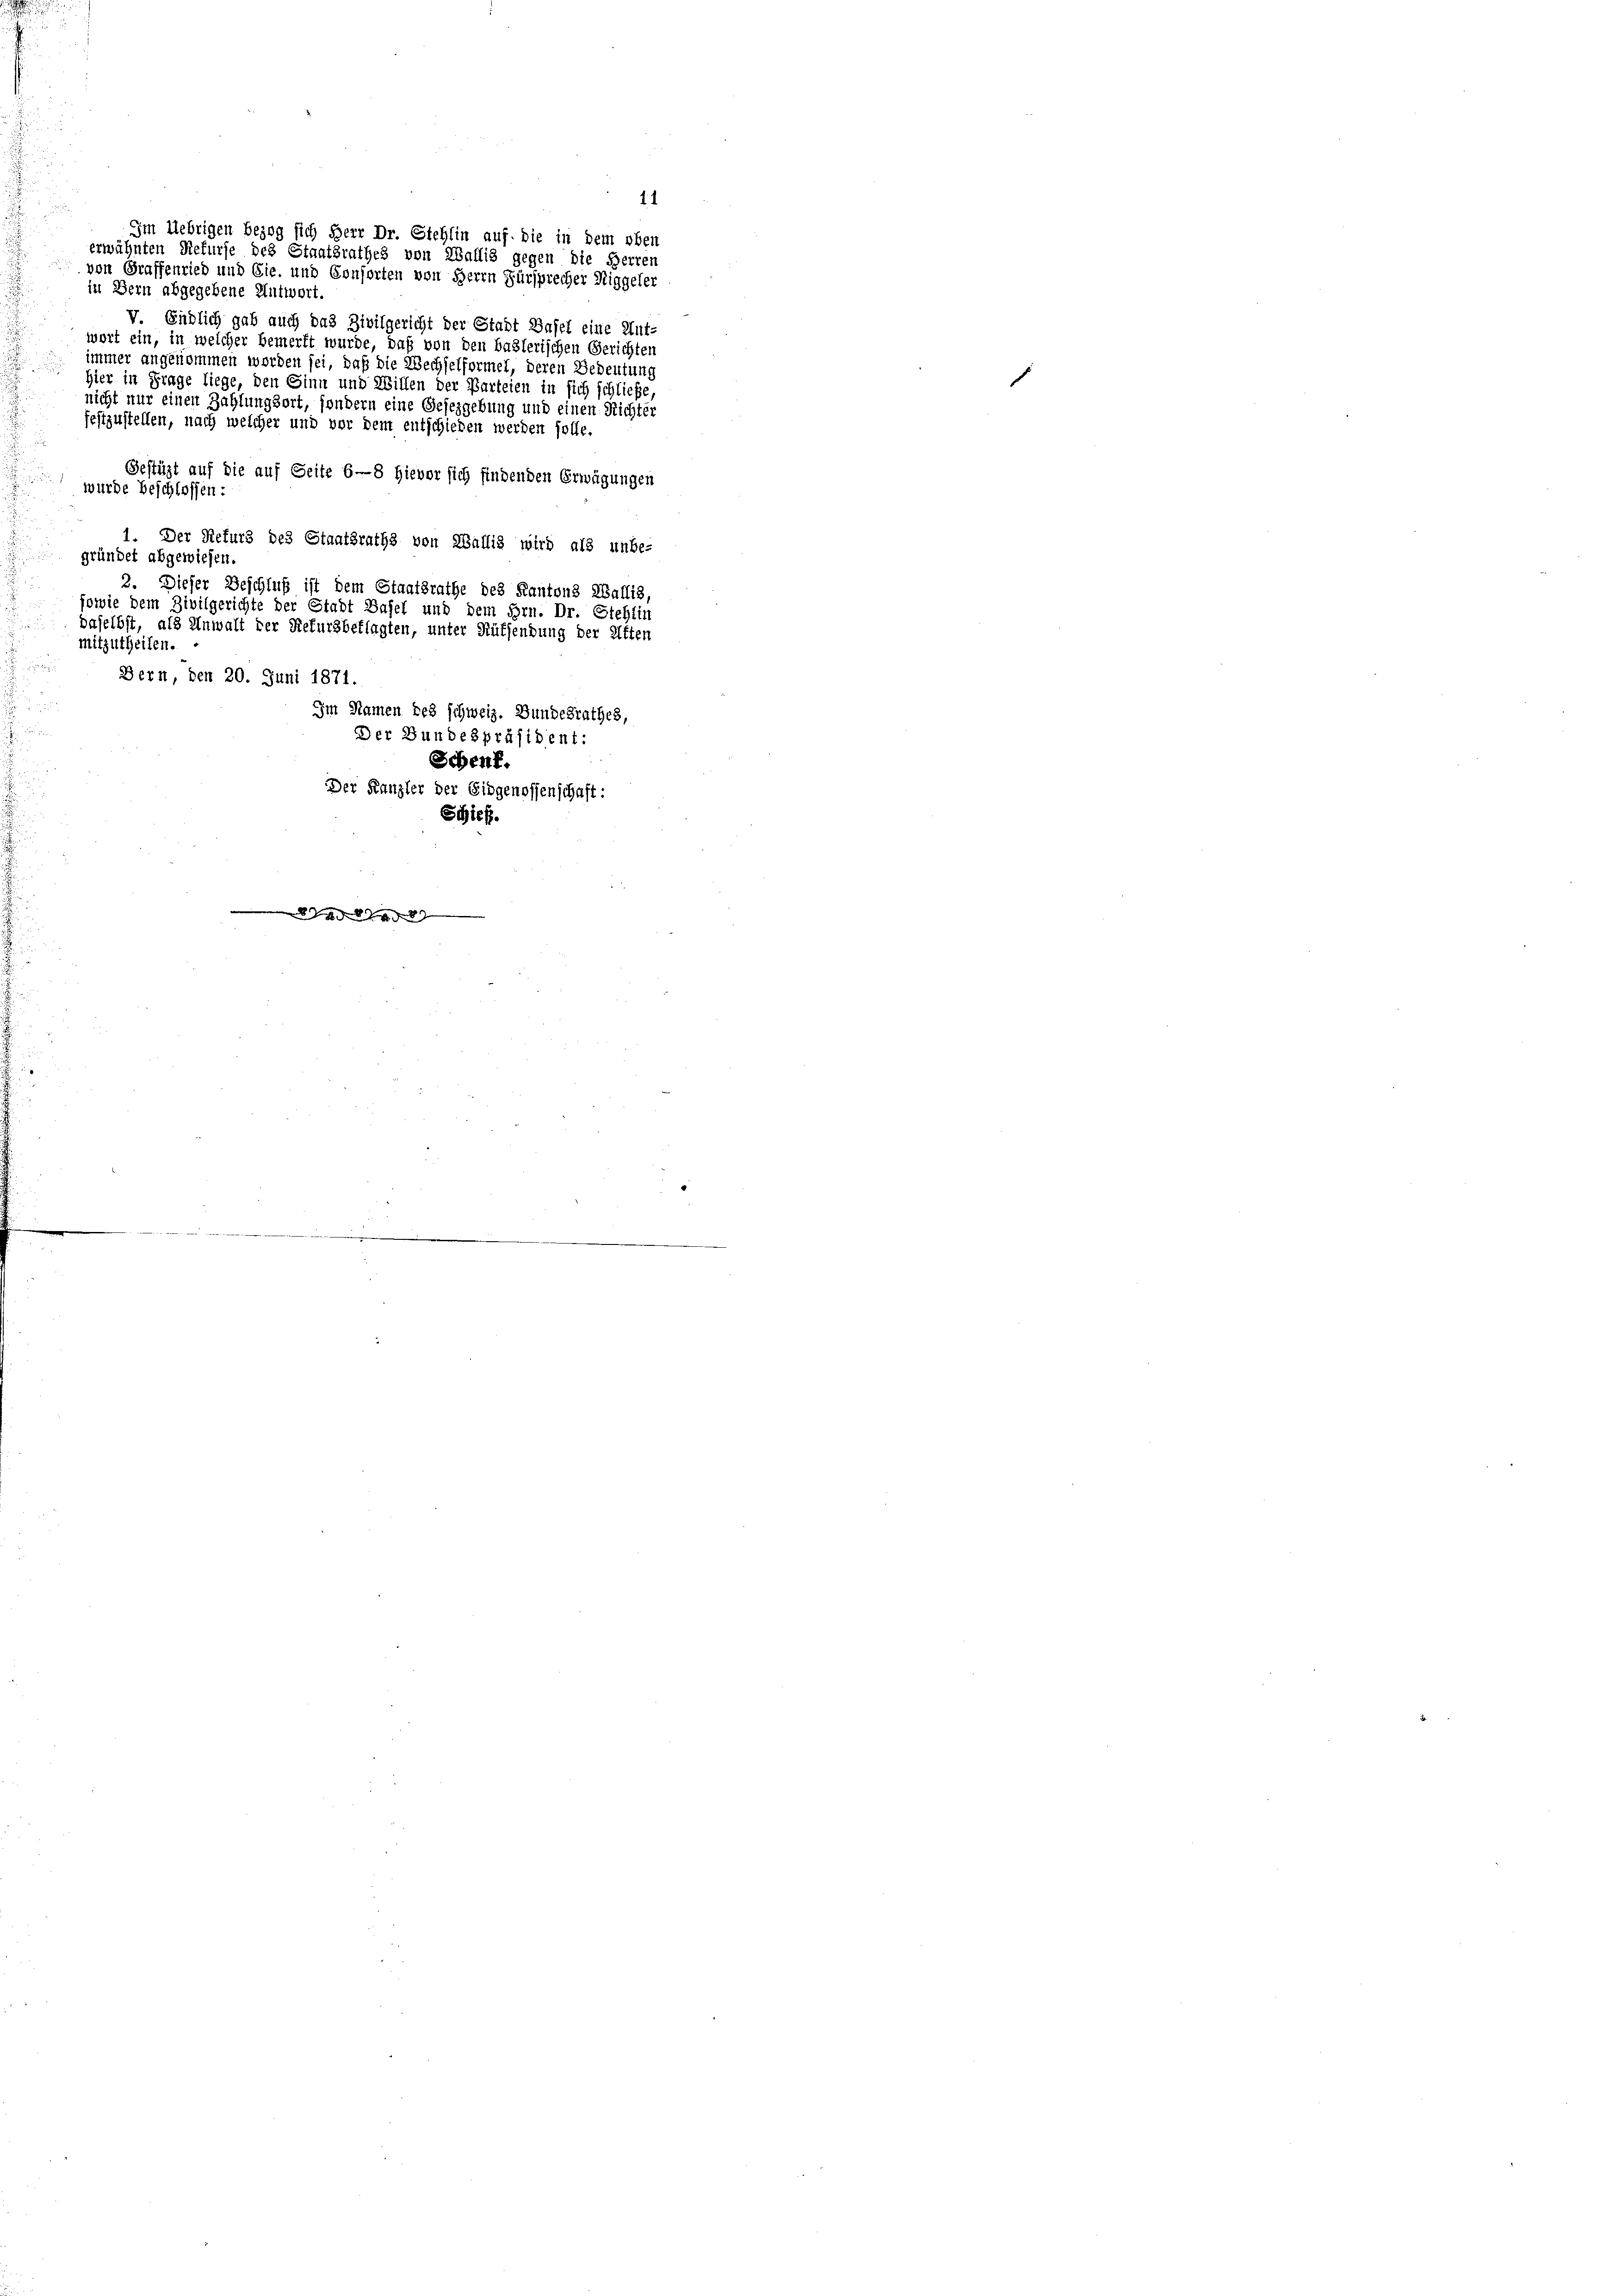
in Bern abgegebene Antwort.
V. Endlich gab auch das Zivilgericht der Stadt Basel eine Ant-
wort ein, in welcher bemerkt wurde, daß von den baslerischen Gerichten
immer angenommen worden sei, daß die Wechselformel, deren Bedeutung
hier in Frage liege, den Sinn und Willen der Parteien in sich schließe
nicht nur einen Zahlungsort, sondern eine Gesetzgebung und einen Richter
festzustellen, nach welcher und vor dem entschieden werden solle.
Gestüzt auf die auf Seite 6—8 Hievor sich findenden Erwägungen
wurde beschlossen:
1. Der Refurs des Staatsraths von Wallis wird als unbe-
gründet abgewiesen.
2. Dieser Beschluß ist dem Staatsrathe des Kantons Wallis,
sowie dem Zivilgerichte der Stadt Basel und dem Hrn. Dr. Stehlin
daselbst, als Anwalt der Refursbeklagten, unter Rüksendung der Alten
mitzutheilen.
Bern, den 20. Juni 1871.
Im Namen des schweiz. Bundesrathes,
Der Bundespräsident:
Schenf.
Der Kanzler der Eidgenossenschaft:
Schief

11
Im Uebrigen bezog sich Herr Dr. Stehlin auf die in dem oben
erwähnten Refurse des Staatsrathes von Wallis gegen die Herren
von Graffenried und Cie, und Consorten von Herrn Fürsprecher Niggeler